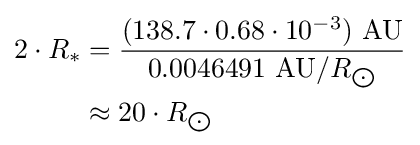
{\begin{aligned}2\cdot R_{*}&={\frac {(138.7\cdot 0.68\cdot 10^{-3})\ {\text{AU}}}{0.0046491\ {\text{AU}}/R_{\bigodot }}}\\&\approx 20\cdot R_{\bigodot }\end{aligned}}